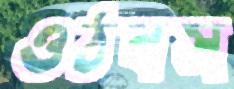
ওঠবস